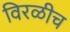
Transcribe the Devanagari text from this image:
विरळीच